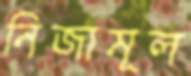
নিজামূল